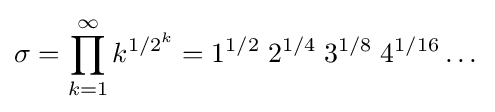
\sigma =\prod _{k=1}^{\infty }k^{1/2^{k}}=1^{1/2}\;2^{1/4}\;3^{1/8}\;4^{1/16}\dots